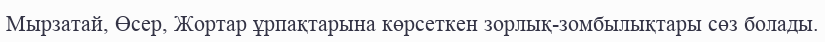
Мырзатай, Өсер, Жортар ұрпақтарына көрсеткен зорлық-зомбылықтары сөз болады.